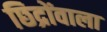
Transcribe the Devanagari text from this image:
छिद्रोंवाला